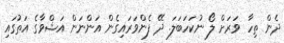
ދެން ތިހާ ވަރަށް ލޯ ނުކަހަބަލަ. ދޭ ފެންވަރައިގެން އަންނަން އަޝްވާގެ އަތުގައި